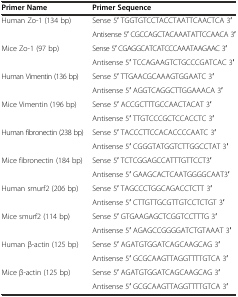
<table><thead><tr><td><b>Primer Name</b></td><td><b>Primer Sequence</b></td></tr></thead><tbody><tr><td rowspan="2">Human Zo-1 (134 bp)</td><td>Sense 5′ TGGTGTCCTACCTAATTCAACTCA 3′</td></tr><tr><td>Antisense 5′ CGCCAGCTACAAATATTCCAACA 3′</td></tr><tr><td rowspan="2">Mice Zo-1 (97 bp)</td><td>Sense 5′ CGAGGCATCATCCCAAATAAGAAC 3′</td></tr><tr><td>Antisense 5′ TCCAGAAGTCTGCCCGATCAC 3′</td></tr><tr><td rowspan="2">Human Vimentin (136 bp)</td><td>Sense 5′ TTGAACGCAAAGTGGAATC 3′</td></tr><tr><td>Antisense 5′ AGGTCAGGCTTGGAAACA 3′</td></tr><tr><td rowspan="2">Mice Vimentin (196 bp)</td><td>Sense 5′ ACCGCTTTGCCAACTACAT 3′</td></tr><tr><td>Antisense 5′ TTGTCCCGCTCCACCTC 3′</td></tr><tr><td rowspan="2">Human fibronectin (238 bp)</td><td>Sense 5′ TACCCTTCCACACCCCAATC 3′</td></tr><tr><td>Antisense 5′ CGGGTATGGTCTTGGCCTAT 3′</td></tr><tr><td rowspan="2">Mice fibronectin (184 bp)</td><td>Sense 5′ TCTCGGAGCCATTTGTTCCT3′</td></tr><tr><td>Antisense 5′ GAAGCACTCAATGGGGCAAT3′</td></tr><tr><td rowspan="2">Human smurf2 (206 bp)</td><td>Sense 5′ TAGCCCTGGCAGACCTCTT 3′</td></tr><tr><td>Antisense 5′ CTTGTTGCGTTGTCCTCTGT 3′</td></tr><tr><td rowspan="2">Mice smurf2 (114 bp)</td><td>Sense 5′ GTGAAGAGCTCGGTCCTTTG 3′</td></tr><tr><td>Antisense 5′ AGAGCCGGGGATCTGTAAAT 3′</td></tr><tr><td rowspan="2">Human β-actin (125 bp)</td><td>Sense 5′ AGATGTGGATCAGCAAGCAG 3′</td></tr><tr><td>Antisense 5′ GCGCAAGTTAGGTTTTGTCA 3′</td></tr><tr><td rowspan="2">Mice β-actin (125 bp)</td><td>Sense 5′ AGATGTGGATCAGCAAGCAG 3′</td></tr><tr><td>Antisense 5′ GCGCAAGTTAGGTTTTGTCA 3′</td></tr></tbody></table>